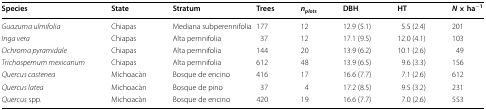
| Species | State | Stratum | Trees | nplots | DBH | HT | N × ha−1 |
 | --- | --- | --- | --- | --- | --- | --- | --- |
 | Guazuma ulmifolia | Chiapas | Mediana subperennifolia | 177 | 12 | 12.9 (5.1) | 5.5 (2.4) | 201 |
 | Inga vera | Chiapas | Alta pernnifolia | 37 | 12 | 17.1 (9.5) | 12.0 (4.1) | 103 |
 | Ochroma pyramidale | Chiapas | Alta pernnifolia | 144 | 20 | 13.9 (6.2) | 10.1 (2.6) | 49 |
 | Trichospernum mexicanum | Chiapas | Alta pernnifolia | 612 | 48 | 13.9 (6.5) | 9.6 (3.3) | 156 |
 | Quercus castenea | Michoacàn | Bosque de encino | 416 | 17 | 16.6 (7.7) | 7.1 (2.6) | 612 |
 | Quercus latea | Michoacàn | Bosque de pino | 37 | 4 | 17.2 (8.5) | 9.5 (3.2) | 231 |
 | Quercus spp. | Michoacàn | Bosque de encino | 420 | 19 | 16.6 (7.7) | 7.0 (2.6) | 553 |